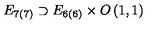
E _ { 7 ( 7 ) } \supset E _ { 6 ( 6 ) } \times O \left( 1 , 1 \right)